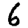
Digit: 6